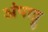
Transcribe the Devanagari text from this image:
अंपाट्टु